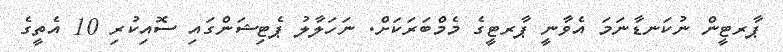
ޕާރޓީން ނުކަނޑާނަމަ އެވާނީ ޕާރޓީގެ މެމްބަރަކަށް. ނަހަލާލު ޕެޓިޝަންގައި ސޮއިކުރި 10 އެތީގެ